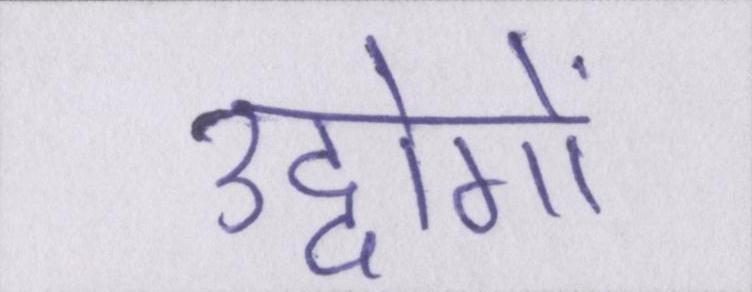
उद्दोगों